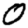
Digit: 0